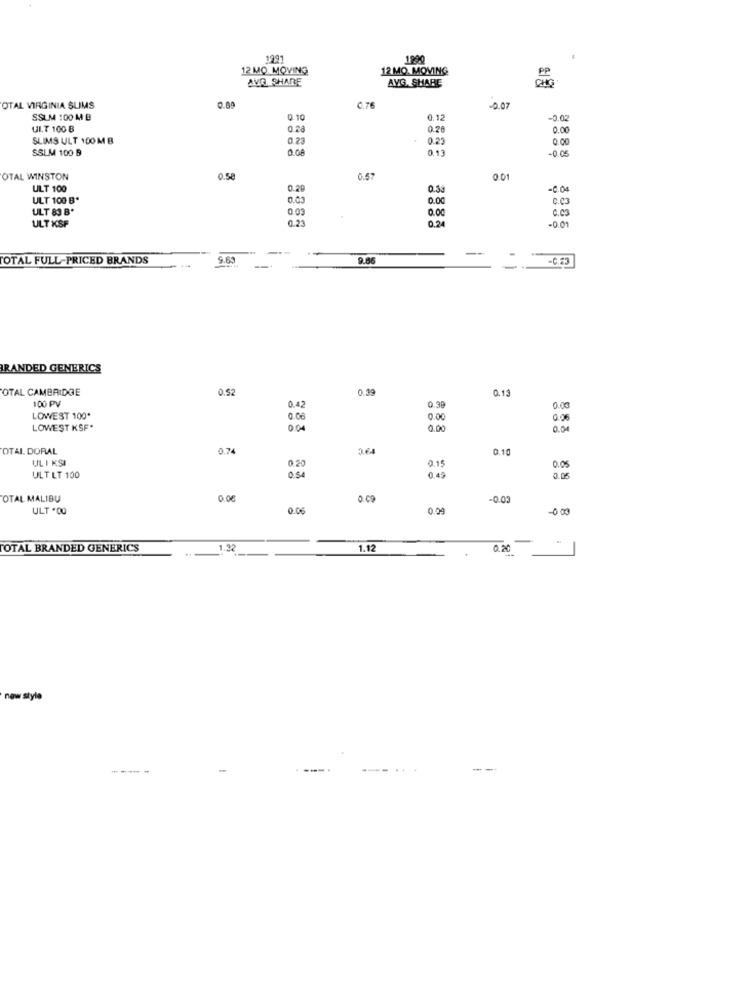
1991
1990
12 MO MOVING
12 MO MOVING
AVG SHARE
AVG. SHARE
OTAL VIRGINIA SUMS
0.00
C.7
-0.07
SSLM 100 M B
0.10
0.12
UI.T 100 B
0.24
0.28
0.00
SLIMS ULT 100 MB
0 23
0.23
0.00
SSLM 100 B
0.08
0.13
-0.05
OTAL WINSTON
0.58
6.57
0.01
ULT 100
0.26
0.33
-C.04
ULT 100 B*
0.03
0.00
C.C3
ULT 83 B*
0.03
0.00
0.03
ULT XSF
0.23
0.24
-0.01
TOTAL FULL-PRICED BRANDS
9.61
9.86
--
- 6 :3
RANDED GENERICS
OTAL CAMBRIDGE
0.52
0.39
0.13
100 PV
0.42
0.38
0.00
LOWEST 100*
0.00
0.00
0.06
LOWEST KSF*
000
0.00
0.04
OTAL DORAL
0.7
0.10
UL I KSI
0.20
0.15
0.05
ULT LT 100
0.54
0.49
0.0
OTAL MALIBU
0,00
0.03
ULT .00
0.06
0.04
-0 03
TOTAL BRANDED GENERICS
1.32
.12
0.20
new style